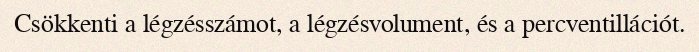
Csökkenti a légzésszámot, a légzésvolument, és a percventillációt.